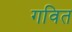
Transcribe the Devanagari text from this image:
गवित